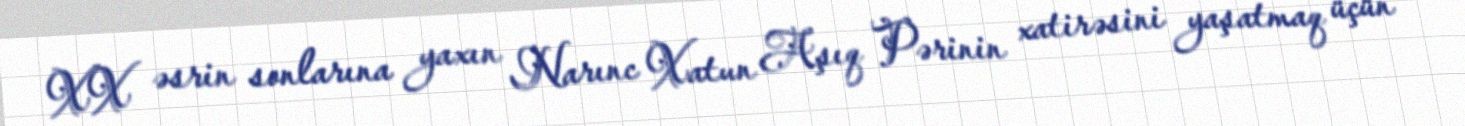
XX əsrin sonlarına yaxın Narınc Xatun Aşıq Pərinin xatirəsini yaşatmaq üçün